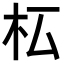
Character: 𣏇